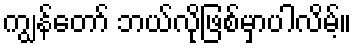
ကျွန်တော် ဘယ်လိုဖြစ်မှာပါလိမ့်။